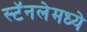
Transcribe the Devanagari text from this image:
स्टॅनलेमध्ये